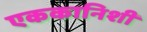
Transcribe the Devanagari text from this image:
एककानिशी